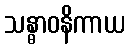
သန္ဓာဝနိကာယ